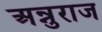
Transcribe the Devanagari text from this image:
अन्नुराज